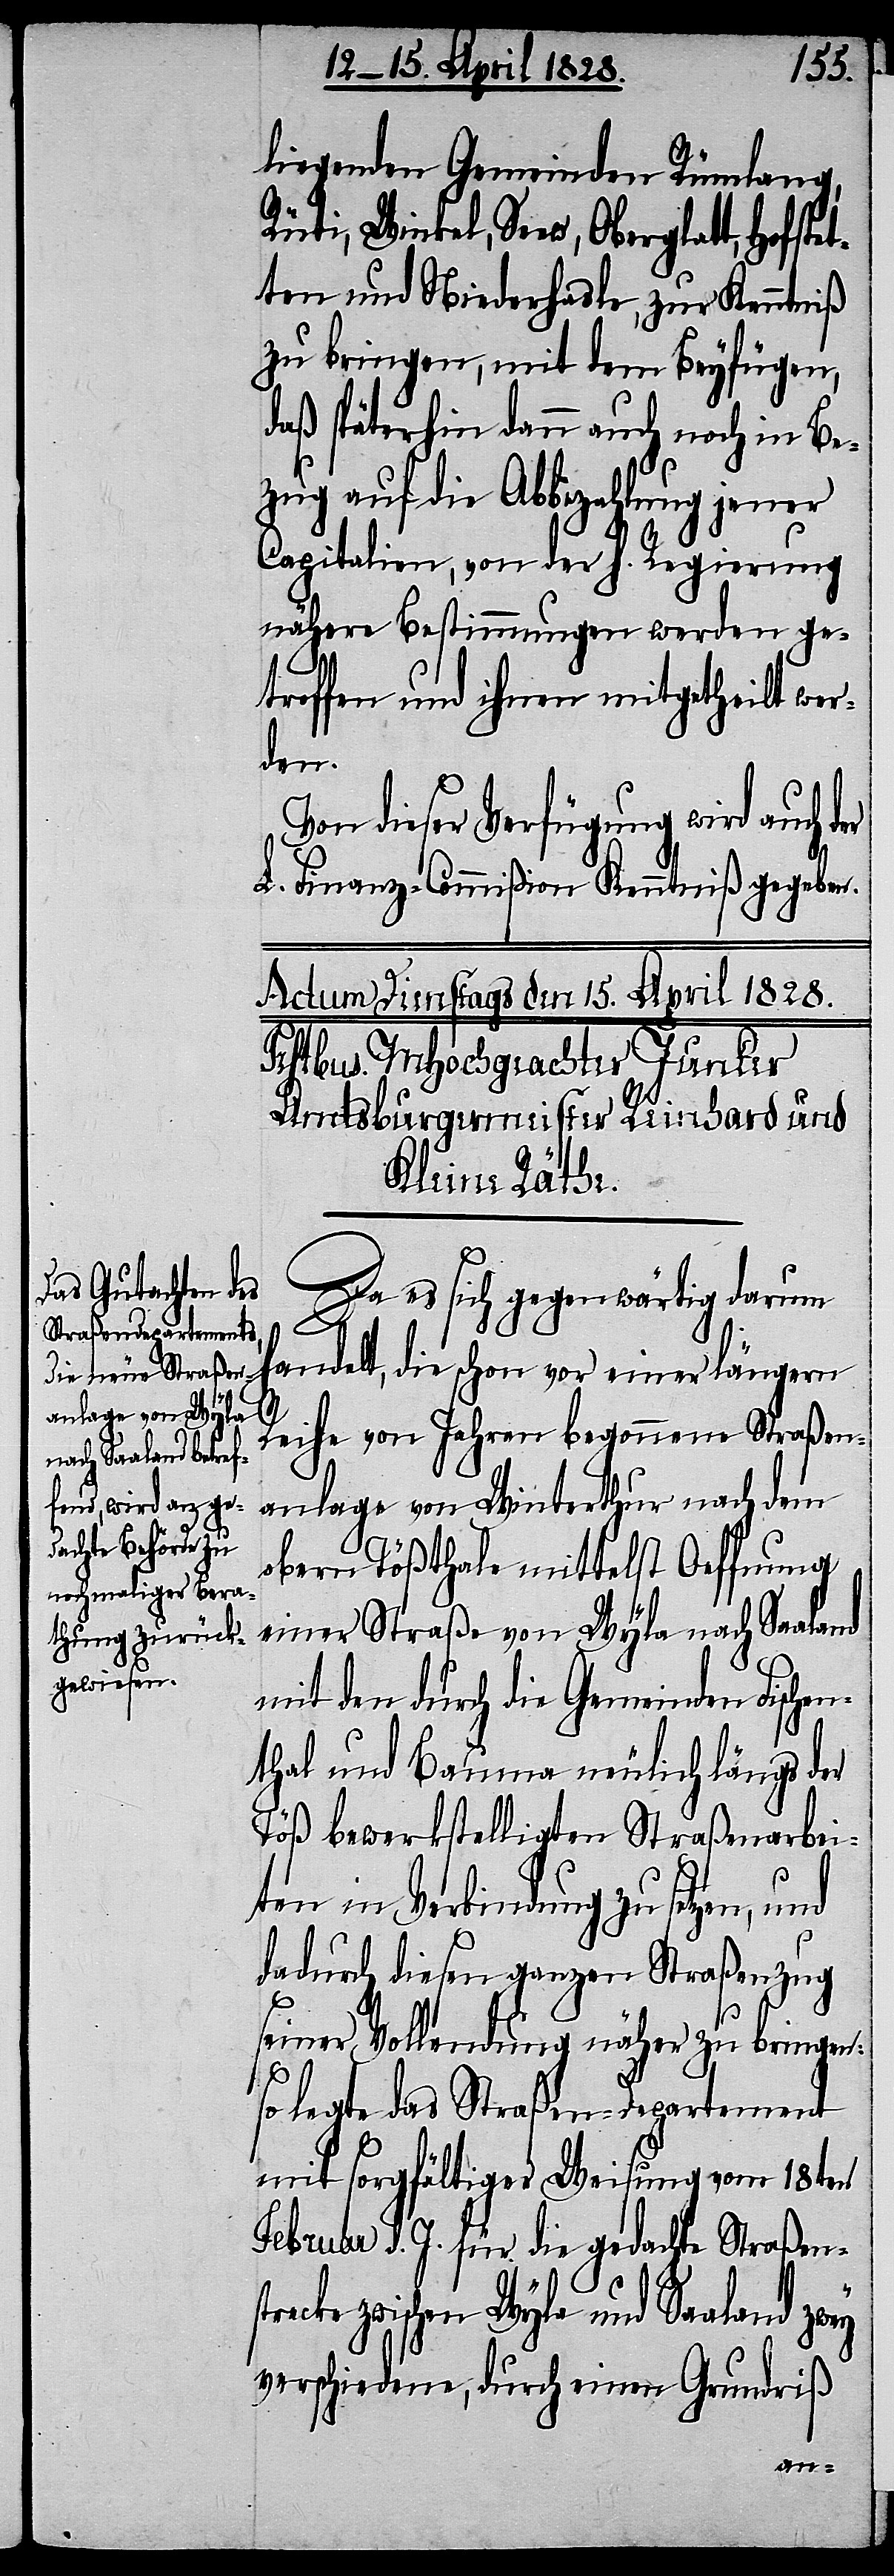
liegenden Gemeinden Rümlang,
Rüti, Winkel, Seew, Oberglatt, Hofste¬
tten und Niederhasle, zur Kenntniß
zu bringen, mit dem Beyfügen,
daß späterhin dann auch noch in Be¬
zug auf die Abbezahlung jener
Capitalien, von der h. Regierung
nähere Bestimmungen werden ge¬
troffen und ihnen mitgetheilt wer¬
der
Von dieser Verfügung wird auch
L. Finanz-Commißion Kenntniß gegeben.
Da es sich gegenwärtig darum
handelt, die schon vor einer längern
str¬
Reihe von Jahren begonnene Straßen¬
anlage von Winterthur nach dem
obern Tößthale mittelst Oeffnung
einer Straße von Wyla nach Saaland
mit den durch die Gemeinden Fischen¬
thal und Bauma neulich längs der
Töß bewerkstelligten Straßenarbei¬
ten in Verbindung zu setzen, und
dadurch diesen ganzen Straßenzug
seiner Vollendung näher zu bringen:
so legte das Straßen-Departement
mit sorgfältiger Weisung vom 18ten
Februar d. J. für die gedachte Straßen¬
ecke zwischen Wyla und Saaland zwey
verschiedene, durch einen Grundriß